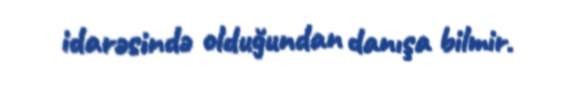
idarəsində olduğundan danışa bilmir.